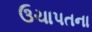
ઉચાપતના